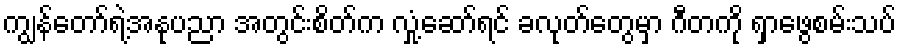
ကျွန်တော်ရဲ့အနုပညာ အတွင်းစိတ်က လှုံ့ဆော်ရင် ခလုတ်တွေမှာ ဂီတကို ရှာဖွေစမ်းသပ်